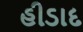
હીડાદ